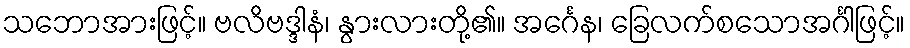
သဘောအားဖြင့်။ ဗလိဗဒ္ဒါနံ၊ နွားလားတို့၏။ အင်္ဂေန၊ ခြေလက်စသောအင်္ဂါဖြင့်။